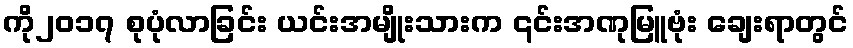
ကို၂၀၁၇ စုပုံလာခြင်း ယင်းအမျိုးသားက ၎င်းအဏုမြူဗုံး ချေးရာတွင်